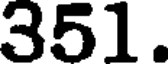
351.